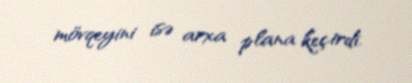
mövqeyini isə arxa plana keçirdi.